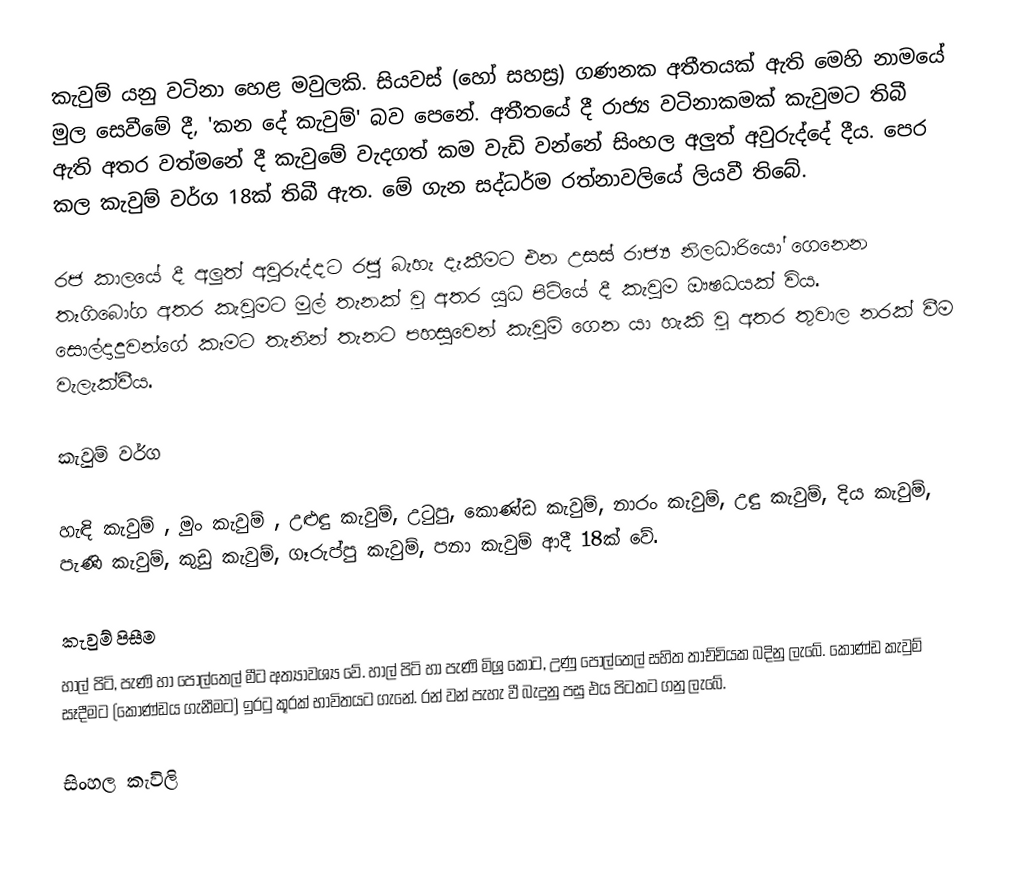
කැවුම් යනු වටිනා හෙළ මවුලකි. සියවස් (හෝ සහස්‍ර) ගණනක අතීතයක් ඇති මෙහි නාමයේ මුල සෙවීමේ දී, 'කන දේ කැවුම්' බව පෙනේ. අතීතයේ දී රාජ්‍ය වටිනාකමක් කැවුමට තිබී ඇති අතර වත්මනේ දී කැවුමේ වැදගත් කම වැඩි වන්නේ සිංහල අලුත් අවුරුද්දේ දීය. පෙර කල කැවුම් වර්ග 18ක් තිබී ඇත. මේ ගැන සද්ධර්ම රත්නාවලියේ ලියවී තිබේ.

රජ කාලයේ දී අලුත් අවුරුද්දට රජු බැහැ දැකීමට එන උසස් රාජ්‍ය නිලධාරියෝ ගෙනෙන තෑගිබෝග අතර කැවුමට මුල් තැනක් වූ අතර යුධ පිටියේ දී කැවුම ඖෂධයක් විය. සොල්දාදුවන්ගේ කෑමට තැනින් තැනට පහසුවෙන් කැවුම් ගෙන යා හැකි වූ අතර තුවාල නරක් වීම වැලැක්වීය.

කැවුම් වර්ග

හැඳි කැවුම් , මුං කැවුම් , උළුඳු කැවුම්, උටුපු, කොණ්ඩ කැවුම්, නාරං කැවුම්, උඳු කැවුම්, දිය කැවුම්, පැණි කැවුම්, කුඩු කැවුම්, ගෑරුප්පු කැවුම්, පනා කැවුම් ආදී 18ක් වේ.

කැවුම් පිසීම
හාල් පිටි, පැණි හා පොල්තෙල් මීට අත්‍යාවශ්‍ය වේ. හාල් පිටි හා පැණි මිශ්‍ර කොට, උණු පොල්තෙල් සහිත තාච්චියක බදිනු ලැබේ. කොණ්ඩ කැවුම් සෑදීමට (කොණ්ඩය ගැනීමට) ඉරටු කූරක් භාවිතයට ගැනේ. රන් වන් පැහැ වී බැදුනු පසු එය පිටතට ගනු ලැබේ.

සිංහල ‍කැවිලි